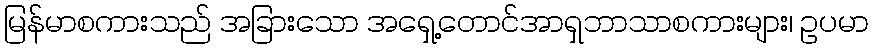
မြန်မာစကားသည် အခြားသော အရှေ့တောင်အာရှဘာသာစကားများ၊ ဥပမာ